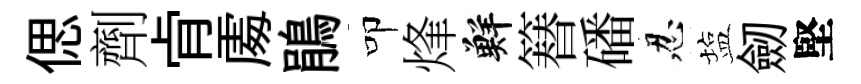
偲劑肻𠁅鵑叩烽鮮簮磻忍塩劒堅